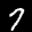
Label: 7